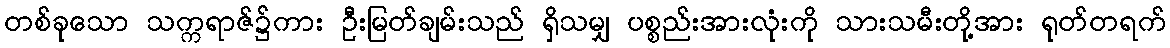
တစ်ခုသော သက္ကရာဇ်၌ကား ဦးမြတ်ချမ်းသည် ရှိသမျှ ပစ္စည်းအားလုံးကို သားသမီးတို့အား ရုတ်တရက်